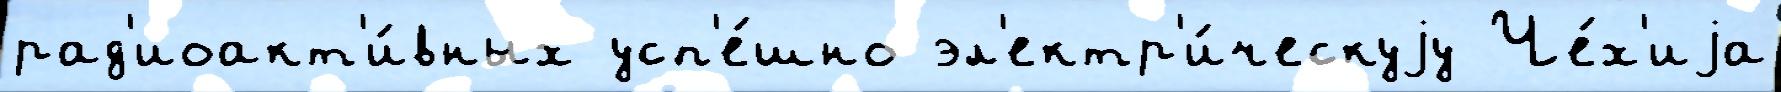
рад'иоакт'и́вных усп'е́шно эл'ектр'и́ческуjу Че́х'иjа